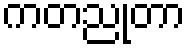
ကတညုတာ